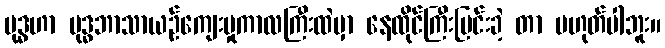
ဗုဒ္ဓဟာ ဗုဒ္ဓဘာသာယဉ်ကျေးမှုကာလကြီးထဲမှာ နေထိုင်ကြီးပြင်းခဲ့ တာ မဟုတ်ပါဘူး။